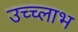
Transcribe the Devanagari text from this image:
उच्च्लाभ